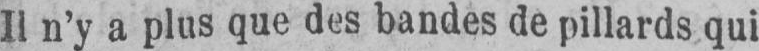
Il n’y a plus que des bandes de pillards qui